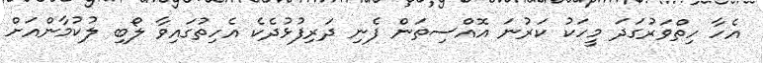
އެހާ ހިތްވަރުގަދަ މީހަކު ކަރުނަ އޮއްސިތަން ފެނި ދަރިފުޅުދެކެ އެހިތުގައިވާ ލޯބި ލުކުމާންއަށް